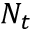
N _ { t }